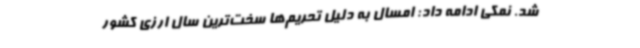
شد. نمکی ادامه داد: امسال به دلیل تحریم‌ها سخت‌ترین سال ارزی کشور